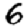
Digit: 6